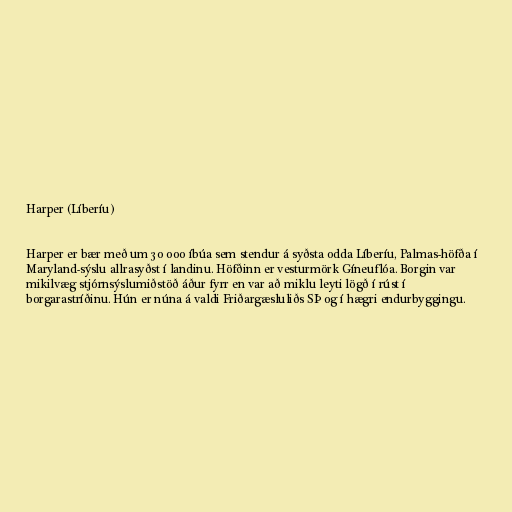
Harper (Líberíu)

Harper er bær með um 30 000 íbúa sem stendur á syðsta odda Líberíu, Palmas-höfða í
Maryland-sýslu allrasyðst í landinu. Höfðinn er vesturmörk Gíneuflóa. Borgin var
mikilvæg stjórnsýslumiðstöð áður fyrr en var að miklu leyti lögð í rúst í
borgarastríðinu. Hún er núna á valdi Friðargæsluliðs SÞ og í hægri endurbyggingu.